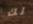
لك